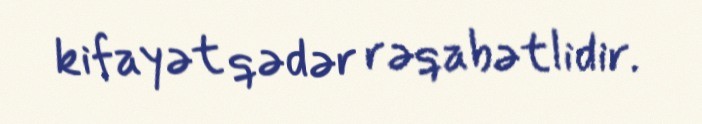
kifayət qədər rəqabətlidir.